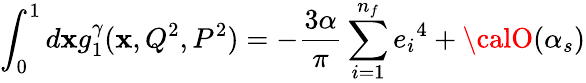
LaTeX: \int_{0}^{1}d\mathbf{x}g_{1}^{\gamma}(\mathbf{x},Q^{2},P^{2})=-\frac{{3\alpha}}{{\pi}}\sum_{i=1}^{n_{f}}{e_{i}}^{4}+{\calO}(\alpha_{s})